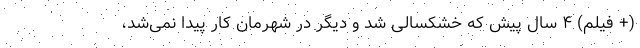
(+ فیلم) ۴ سال پیش که خشکسالی شد و دیگر در شهرمان کار پیدا نمی‌شد،